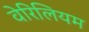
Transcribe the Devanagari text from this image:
वेरिलियम